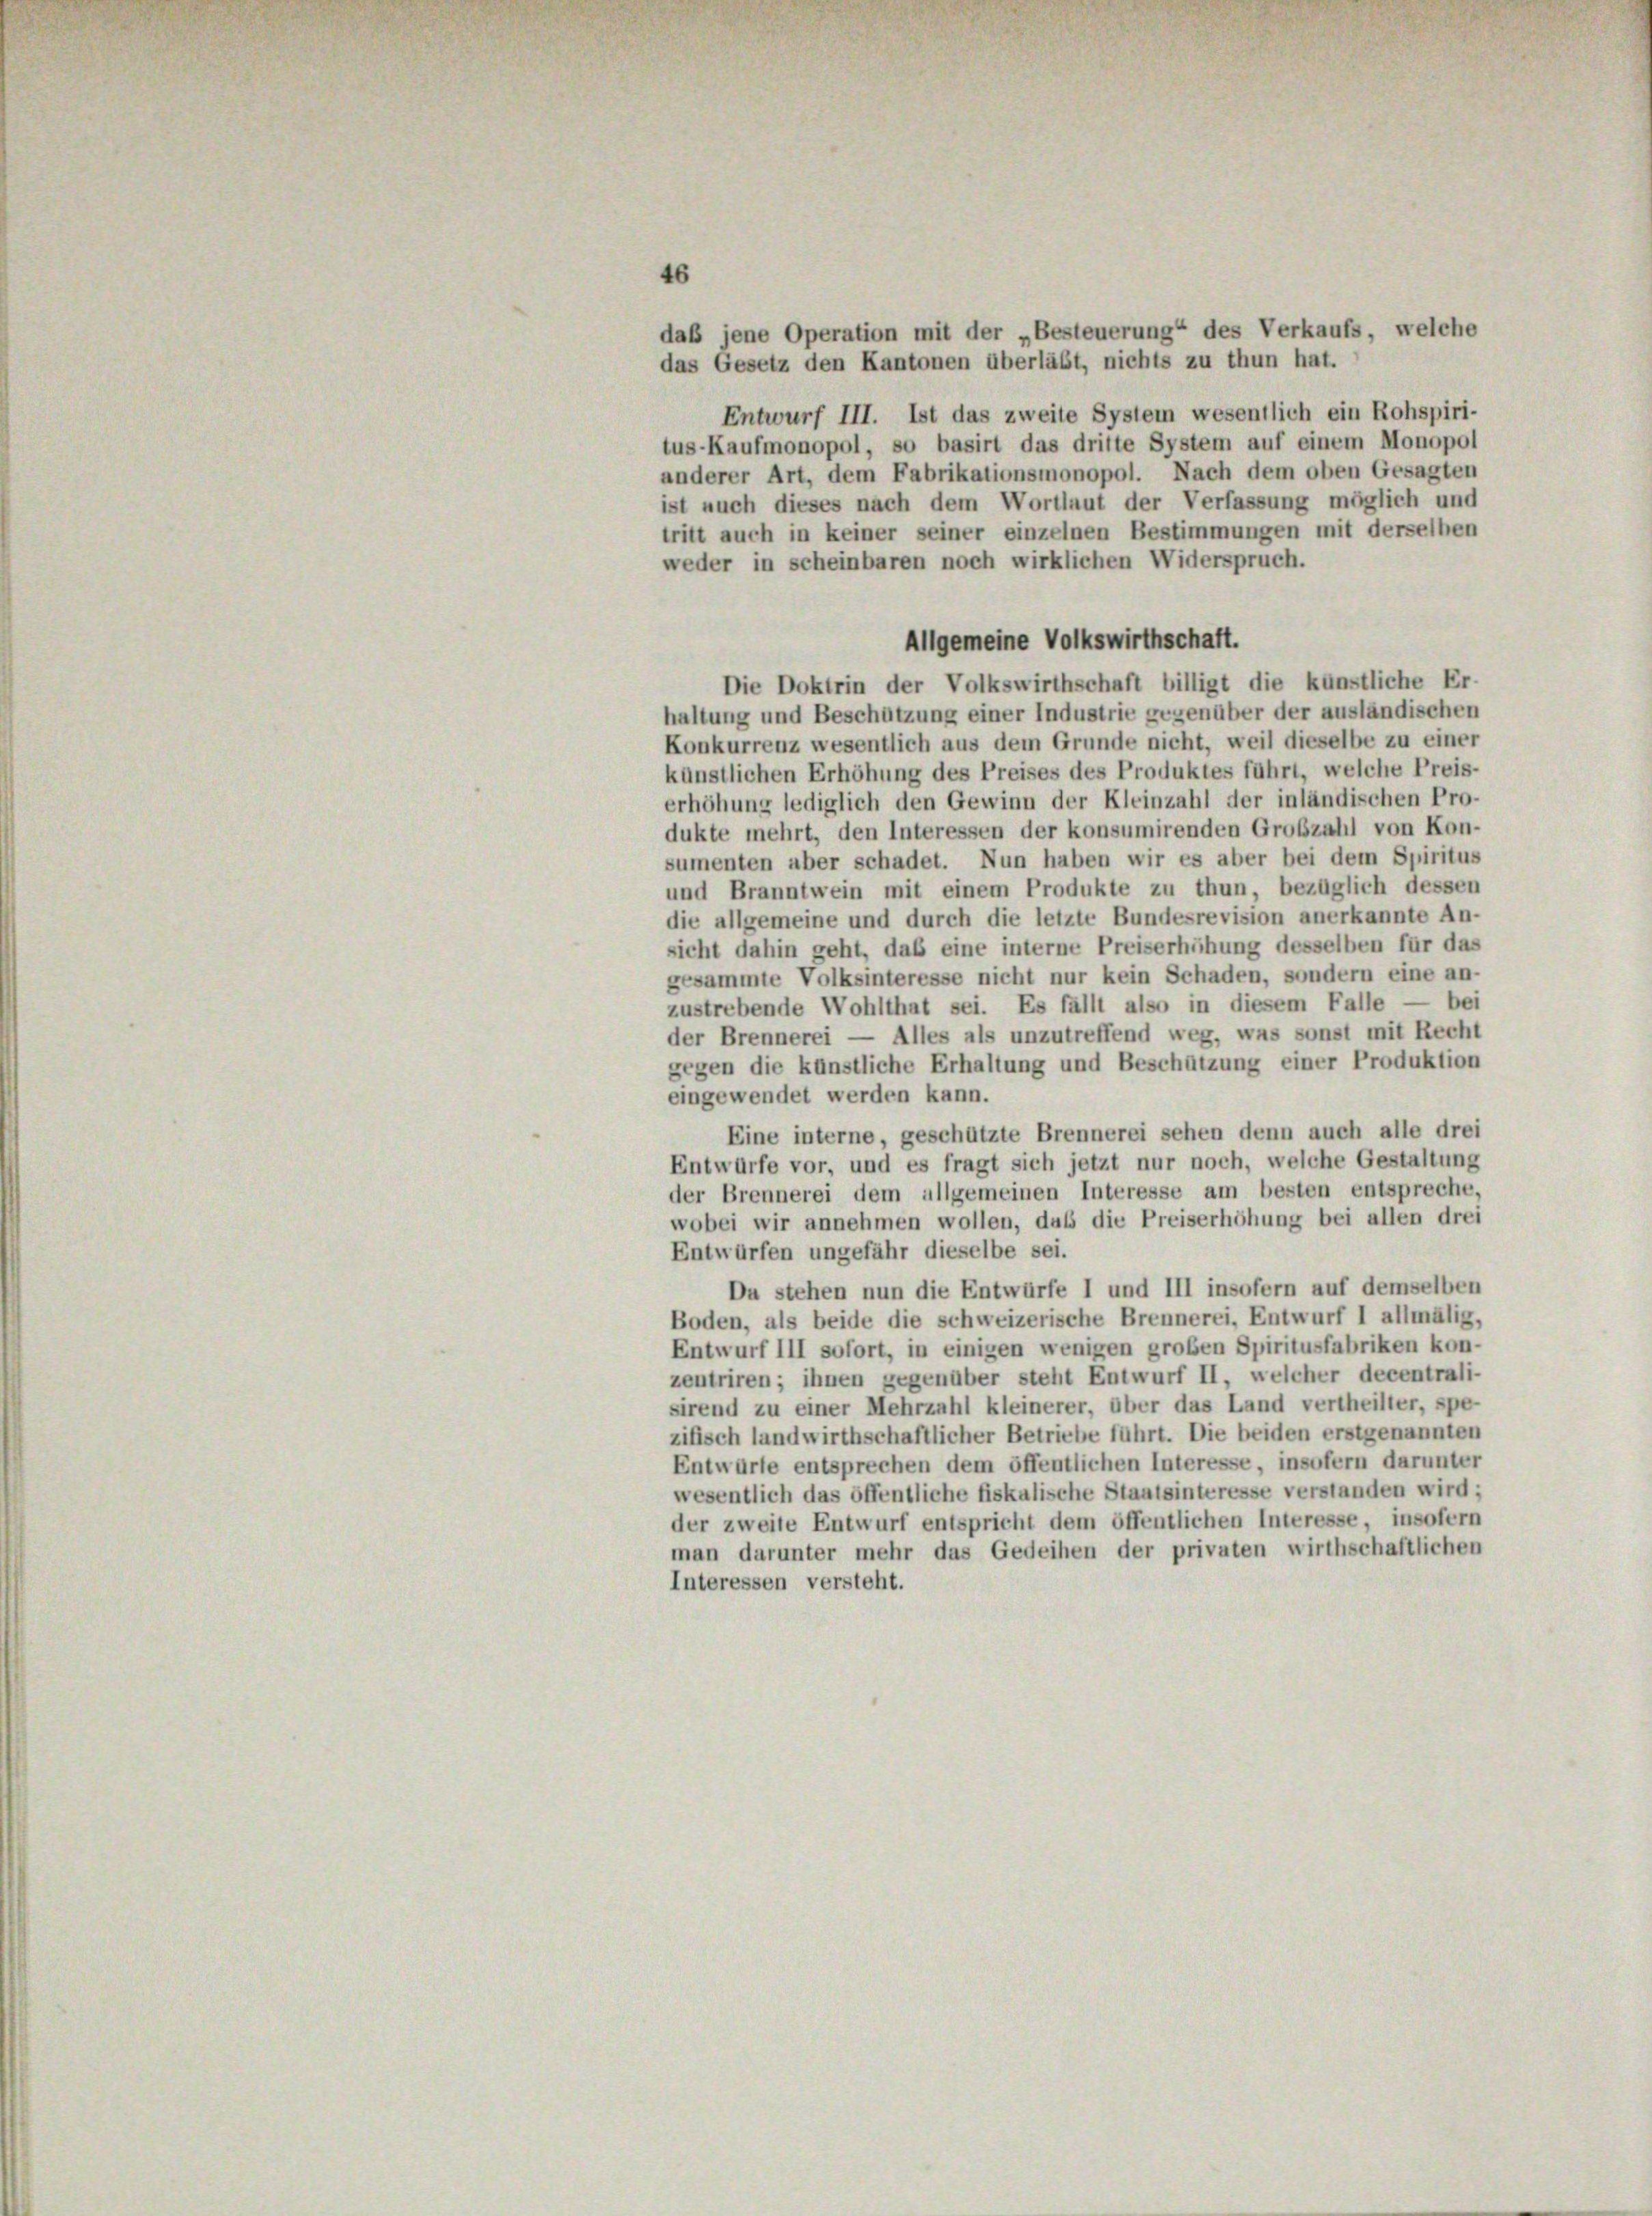
daß jene Operation mit der „Besteuerung“ des Verkaufs, welche
das Gesetz den Kantonen überläßt, nichts zu thun hat.
Entwurf III. Ist das zweite System wesentlich ein Rohspiri-
tus-Kaufmonopol, so basirt das dritte System auf einem Monopol
anderer Art, dem Fabrikationsmonopol. Nach dem oben Gesagten
ist auch dieses nach dem Wortlaut der Verfassung möglich und
tritt auch in keiner seiner einzelnen Bestimmungen mit derselben
weder in scheinbaren noch wirklichen Widerspruch.
Allgemeine Volkswirthschaft.
Die Doktrin der Volkswirthschaft billigt die künstliche Er-
haltung und Beschützung einer Industrie gegenüber der ausländischen
Konkurrenz wesentlich aus dem Grunde nicht, weil dieselbe zu einer
künstlichen Erhöhung des Preises des Produktes führt, welche Preis-
erhöhung lediglich den Gewinn der Kleinzahl der inländischen Pro-
dukte mehrt, den Interessen der konsumirenden Großzahl von Kon-
sumenten aber schadet. Nun haben wir es aber bei dem Spiritus
und Branntwein mit einem Produkte zu thun, bezüglich dessen
die allgemeine und durch die letzte Bundesrevision anerkannte An-
sicht dahin geht, daß eine interne Preiserhöhung desselben für das
gesammte Volksinteresse nicht nur kein Schaden, sondern eine an-
zustrebende Wohlthat sei. Es fällt also in diesem Falle — bei
der Brennerei — Alles als unzutreffend weg, was sonst mit Recht
gegen die künstliche Erhaltung und Beschützung einer Produktion
eingewendet werden kann.
Eine interne, geschützte Brennerei sehen denn auch alle drei
Entwürfe vor, und es fragt sich jetzt nur noch, welche Gestaltung
der Brennerei dem allgemeinen Interesse am besten entspreche,
wobei wir annehmen wollen, daß die Preiserhöhung bei allen drei
Entwürfen ungefähr dieselbe sei.
Da stehen nun die Entwürfe I und III insofern auf demselben
Boden, als beide die schweizerische Brennerei, Entwurf I allmälig,
Entwurf III sofort, in einigen wenigen großen Spiritusfabriken kon-
zentriren; ihnen gegenüber steht Entwurf II, welcher decentrali-
sirend zu einer Mehrzahl kleinerer, über das Land vertheilter, spe-
zifisch landwirthschaftlicher Betriebe führt. Die beiden erstgenannten
Entwurfe entsprechen dem öffentlichen Interesse, insofern darunter
wesentlich das öffentliche fiskalische Staatsinteresse verstanden wird;
der zweite Entwurf entspricht dem öffentlichen Interesse, insofern
man darunter mehr das Gedeihen der privaten wirthschaftlichen
Interessen versteht.